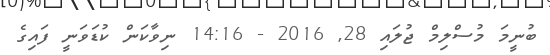
ބުނީމަ މުސްލިމް ޖުލައި 28